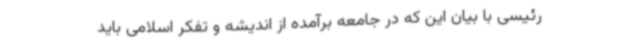
رئیسی با بیان این که در جامعه برآمده از اندیشه و تفکر اسلامی باید